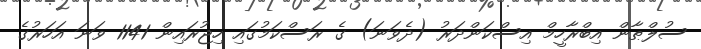
ސުލްޠާން އިބްރާހީމް އިސްކަންދަރު (ދެވަނަ) ގެ ރަސްކަމުގައި ހިޖުރައިން 1141 ވަނަ އަހަރުގެ